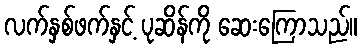
လက်နှစ်ဖက်နှင့် ပုဆိန်ကို ဆေးကြောသည်။